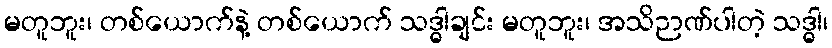
မတူဘူး၊ တစ်ယောက်နဲ့ တစ်ယောက် သဒ္ဓါချင်း မတူဘူး၊ အသိဉာဏ်ပါတဲ့ သဒ္ဓါ၊